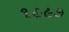
૧૯૯૭